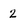
Character: 2